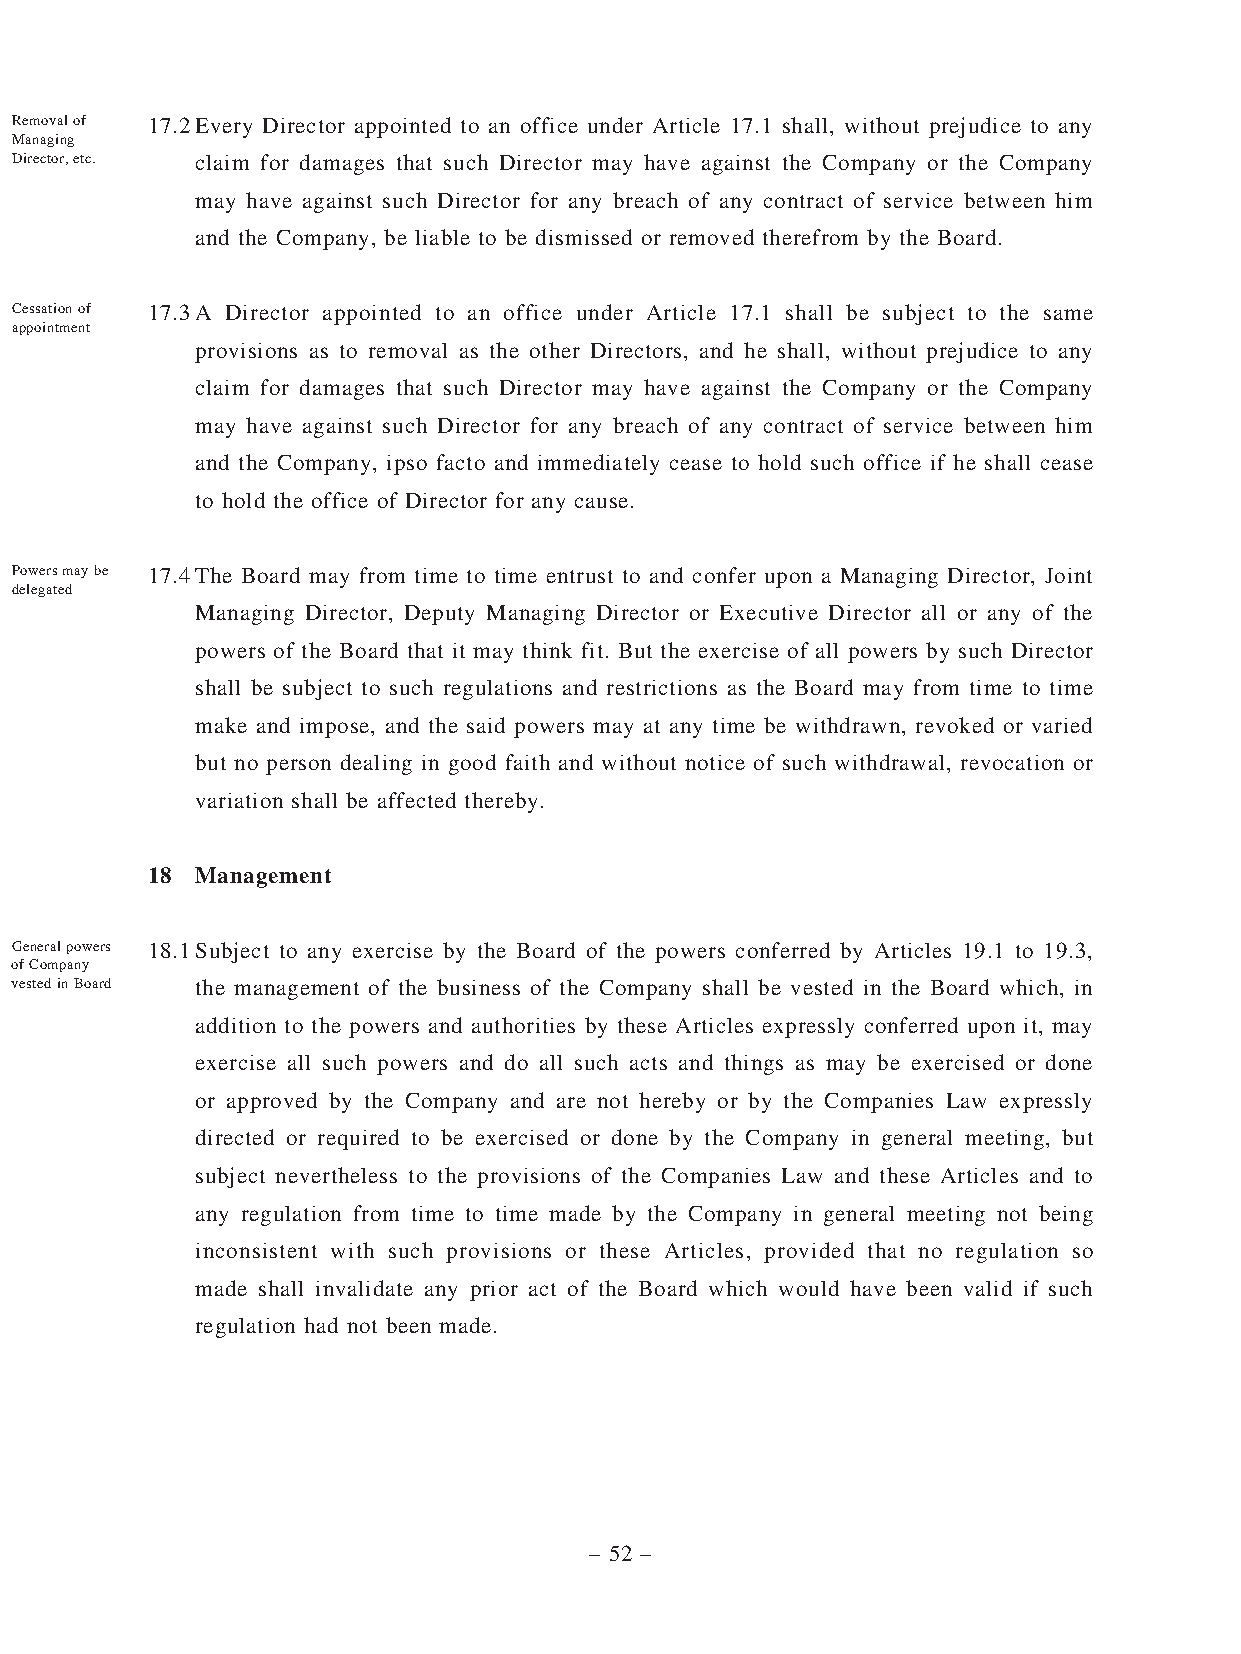
Removal of 17.2 Every Director appointed to an office under Article 17.1 shall, without prejudice to any
 Managing
 Director, etc. claim for damages that such Director may have against the Company or the Company
 may have against such Director for any breach of any contract of service between him
 and the Company, be liable to be dismissed or removed therefrom by the Board.
 Cessation of 17.3 A Director appointed to an office under Article 17.1 shall be subject to the same
 appointment
 provisions as to removal as the other Directors, and he shall, without prejudice to any
 claim for damages that such Director may have against the Company or the Company
 may have against such Director for any breach of any contract of service between him
 and the Company, ipso facto and immediately cease to hold such office if he shall cease
 to hold the office of Director for any cause.
 Powers may be 17.4 The Board may from time to time entrust to and confer upon a Managing Director, Joint
 delegated
 Managing Director, Deputy Managing Director or Executive Director all or any of the
 powers of the Board that it may think fit. But the exercise of all powers by such Director
 shall be subject to such regulations and restrictions as the Board may from time to time
 make and impose, and the said powers may at any time be withdrawn, revoked or varied
 but no person dealing in good faith and without notice of such withdrawal, revocation or
 variation shall be affected thereby.
 18 Management
 General powers 18.1 Subject to any exercise by the Board of the powers conferred by Articles 19.1 to 19.3,
 of Company
 vested in Board the management of the business of the Company shall be vested in the Board which, in
 addition to the powers and authorities by these Articles expressly conferred upon it, may
 exercise all such powers and do all such acts and things as may be exercised or done
 or approved by the Company and are not hereby or by the Companies Law expressly
 directed or required to be exercised or done by the Company in general meeting, but
 subject nevertheless to the provisions of the Companies Law and these Articles and to
 any regulation from time to time made by the Company in general meeting not being
 inconsistent with such provisions or these Articles, provided that no regulation so
 made shall invalidate any prior act of the Board which would have been valid if such
 regulation had not been made.
 – 52 –